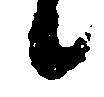
ニ